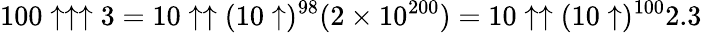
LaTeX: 100\uparrow\uparrow\uparrow 3=10\uparrow\uparrow(10\uparrow)^{98}(2\times 10^{200})=10\uparrow\uparrow(10\uparrow)^{100}2.3